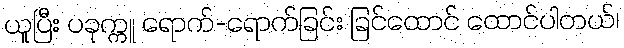
ယူပြီး ပခုက္ကူ ရောက်-ရောက်ခြင်း ခြင်ထောင် ထောင်ပါတယ်၊